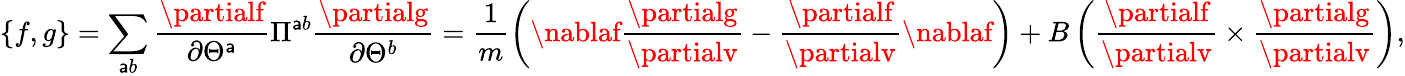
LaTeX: \{ f,g\} =\sum_{\mathsf{a}b}\frac{{\partialf}}{{\partial\Theta^{\mathsf{a}}}}\Pi^{\mathsf{a}b}\frac{{\partialg}}{{\partial\Theta^{b}}}=\frac{{1}}{{m}}\left(\nablaf\frac{{\partialg}}{{\partialv}}-\frac{{\partialf}}{{\partialv}}\nablaf\right)+B\left(\frac{{\partialf}}{{\partialv}}\times\frac{{\partialg}}{{\partialv}}\right),